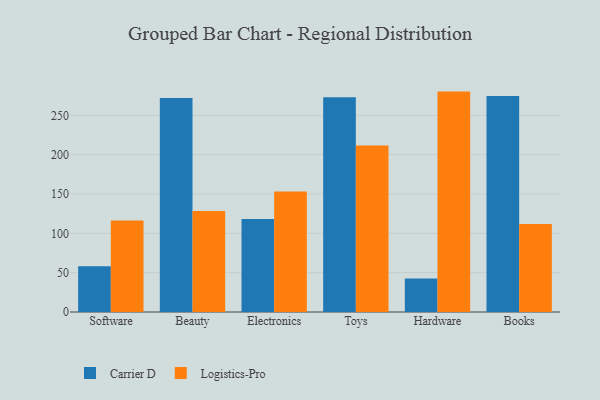
{"axis": {"x": "Category", "y": "Active Users"}, "legend": ["Carrier D", "Logistics-Pro"], "data": [{"x": "Software", "y": 58.1, "type": "Carrier D"}, {"x": "Software", "y": 116.4, "type": "Logistics-Pro"}, {"x": "Beauty", "y": 272.0, "type": "Carrier D"}, {"x": "Beauty", "y": 128.3, "type": "Logistics-Pro"}, {"x": "Electronics", "y": 118.2, "type": "Carrier D"}, {"x": "Electronics", "y": 153.1, "type": "Logistics-Pro"}, {"x": "Toys", "y": 272.9, "type": "Carrier D"}, {"x": "Toys", "y": 211.8, "type": "Logistics-Pro"}, {"x": "Hardware", "y": 42.6, "type": "Carrier D"}, {"x": "Hardware", "y": 280.2, "type": "Logistics-Pro"}, {"x": "Books", "y": 274.6, "type": "Carrier D"}, {"x": "Books", "y": 111.9, "type": "Logistics-Pro"}]}